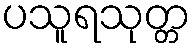
ပသူရသုတ္တ